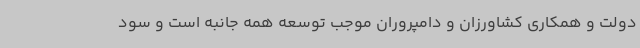
دولت و همکاری کشاورزان و دامپروران موجب توسعه همه جانبه است و سود